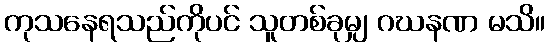
ကုသနေရသည်ကိုပင် သူတစ်ခုမျှ ဂဃနဏ မသိ။